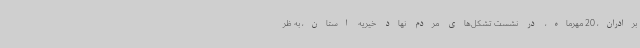
برادران، 20 مهرماه، در نشست تشکل‌های مردم نهاد خیریه استان، به ظر